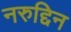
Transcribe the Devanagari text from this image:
नरुद्दिन